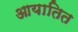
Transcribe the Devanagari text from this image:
आयातित